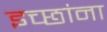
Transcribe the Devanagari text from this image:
इच्छांना